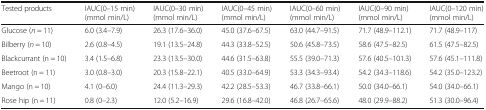
<table><thead><tr><td><b>Tested products</b></td><td><b>IAUC(0–15 min)(mmol min/L)</b></td><td><b>IAUC(0–30 min)(mmol min/L)</b></td><td><b>IAUC(0–45 min)(mmol min/L)</b></td><td><b>IAUC(0–60 min)(mmol min/L)</b></td><td><b>IAUC(0–90 min)(mmol min/L)</b></td><td><b>IAUC(0–120 min)(mmol min/L)</b></td></tr></thead><tbody><tr><td>Glucose (<i>n</i> = 11)</td><td>6.0 (3.4–7.9)</td><td>26.3 (17.6–36.0)</td><td>45.0 (37.6–67.5)</td><td>63.0 (44.7–91.5)</td><td>71.7 (48.9–112.1)</td><td>71.7 (48.9–117)</td></tr><tr><td>Bilberry (<i>n</i> = 10)</td><td>2.6 (0.8–4.5)</td><td>19.1 (13.5–24.8)</td><td>44.3 (33.8–52.5)</td><td>50.6 (45.8–73.5)</td><td>58.6 (47.5–82.5)</td><td>61.5 (47.5–82.5)</td></tr><tr><td>Blackcurrant (n = 10)</td><td>3.4 (1.5–6.8)</td><td>23.3 (13.5–30.0)</td><td>44.6 (31.5–63.8)</td><td>55.5 (39.0–71.3)</td><td>57.6 (40.5–101.3)</td><td>57.6 (45.1–111.8)</td></tr><tr><td>Beetroot (n = 11)</td><td>3.0 (0.8–3.0)</td><td>20.3 (15.8–22.1)</td><td>40.5 (33.0–64.9)</td><td>53.3 (34.3–93.4)</td><td>54.2 (34.3–118.6)</td><td>54.2 (35.0–123.2)</td></tr><tr><td>Mango (n = 10)</td><td>4.1 (0–6.0)</td><td>24.4 (11.3–29.3)</td><td>42.2 (28.5–53.3)</td><td>46.7 (33.8–66.1)</td><td>50.0 (34.0–66.1)</td><td>54.0 (34.0–66.1)</td></tr><tr><td>Rose hip (n = 11)</td><td>0.8 (0–2.3)</td><td>12.0 (5.2–16.9)</td><td>29.6 (16.8–42.0)</td><td>46.8 (26.7–65.6)</td><td>48.0 (29.9–88.2)</td><td>51.3 (30.0–96.4)</td></tr></tbody></table>